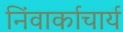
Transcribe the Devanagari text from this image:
निंवार्काचार्य